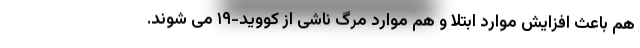
هم باعث افزایش موارد ابتلا و هم موارد مرگ ناشی از کووید-۱۹ می شوند.